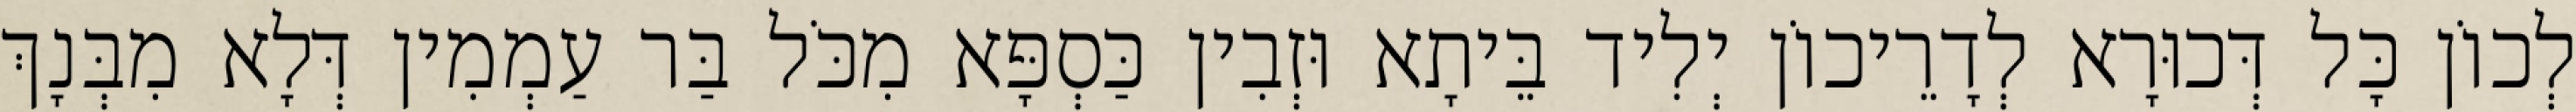
לְכוֹן כָּל דְּכוּרָא לְדָרֵיכוֹן יְלִיד בֵּיתָא וּזְבִין כַּסְפָּא מִכֹּל בַּר עַמְמִין דְּלָא מִבְּנָךְ